Elephants and their diseases
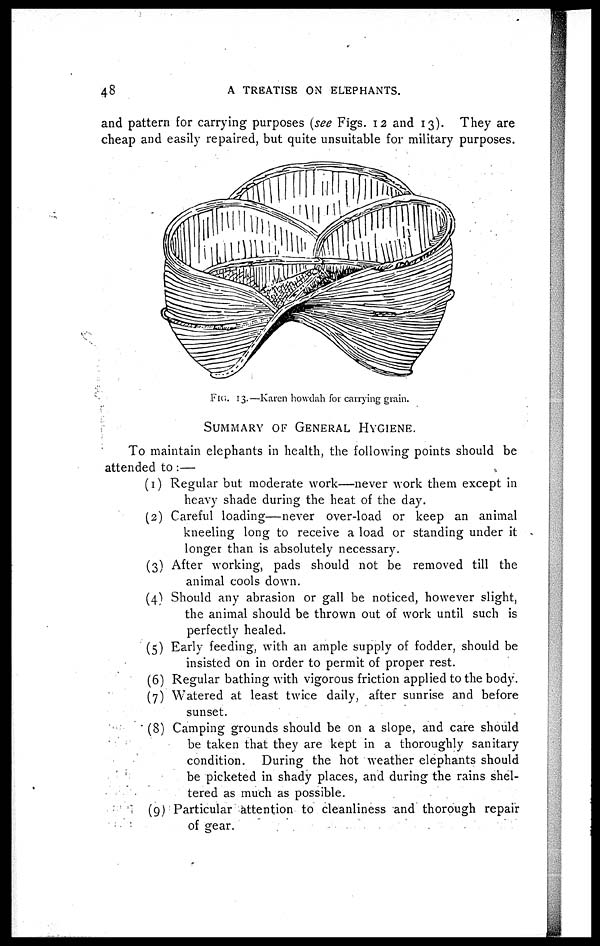
48
A TREATISE ON ELEPHANTS.
and pattern for carrying purposes (see Figs. 12 and 13). They are
cheap and easily repaired, but quite unsuitable for military purposes.
SUMMARY OF GENERAL HTGIENE.
To maintain elephants in health, the following points should be
attended to :—
(1) Regular but moderate work—never work them except in
heavy shade during the heat of the day.
(2) Careful loading—never over-load or keep an animal
kneeling long to receive a load or standing under it
longer than is absolutely necessary.
(3) After working, pads should not be removed till the
animal cools down.
(4) Should any abrasion or gall be noticed, however slight,
the animal should be thrown out of work until such is
perfectly healed.
(5) Early feeding, with an ample supply of fodder, should be
insisted on in order to permit of proper rest.
(6) Regular bathing with vigorous friction applied to the body.
(7) Watered at least twice daily, after sunrise and before
sunset.
(8) Camping grounds should be on a slope, and care should
be taken that they are kept in a thoroughly sanitary
condition. During the hot weather elephants should
be picketed in shady places, and during the rains shel-
tered as much as possible.
(9) Particular attention to cleanliness and thorough repair
of gear.
FIG. 13.—Karen howdah for carrying grain.